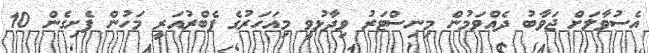
އެސުވާލަށް ޖަވާބު ދެއްވަމުން މިނިސްޓަރު ވިދާޅުވީ މިއަހަރުގެ ފެބްރުއަރީ މަހުން ފެށިގެން 10